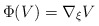
\begin{align*} \Phi(V)=\nabla_\xi V\end{align*}